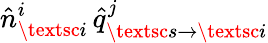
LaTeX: \hat{n}_{\textsc{i}}^{i}\, \hat{q}_{\textsc{s}\to\textsc{i}}^{j}